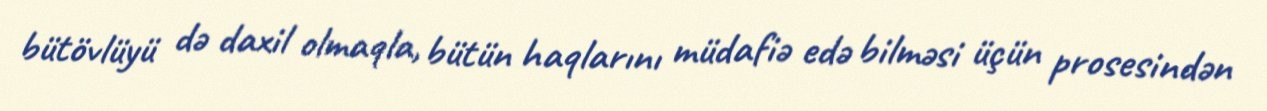
bütövlüyü də daxil olmaqla, bütün haqlarını müdafiə edə bilməsi üçün prosesindən